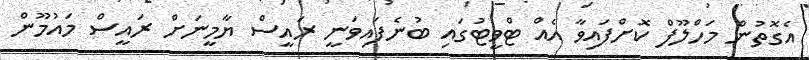
އެގޮތުން މަހްލޫފް ކޮށްފައިވާ އެއް ޓްވީޓުގައި ބުނެފައިވަނީ ރައީސް ޔާމީނަށް ރައީސް މައުމޫން